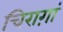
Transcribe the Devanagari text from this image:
चिराग़ां